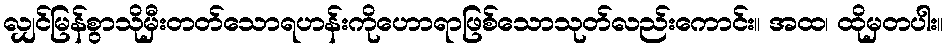
လျှင်မြန်စွာသိုမှီးတတ်သောရဟန်းကိုဟောရာဖြစ်သောသုတ်လည်းကောင်း။ အထ၊ ထိုမှတပါး။